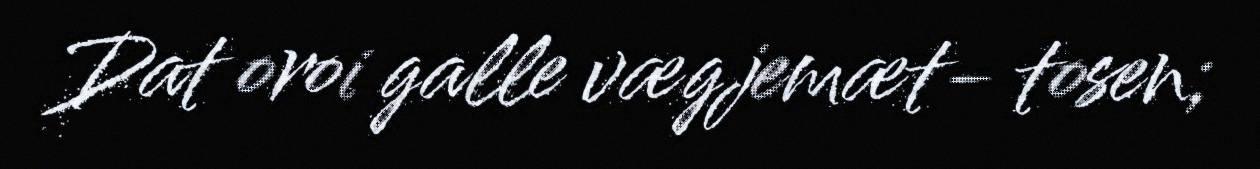
Dat oroi galle vægjemæt- tosen;